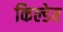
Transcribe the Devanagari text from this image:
किल्डेर